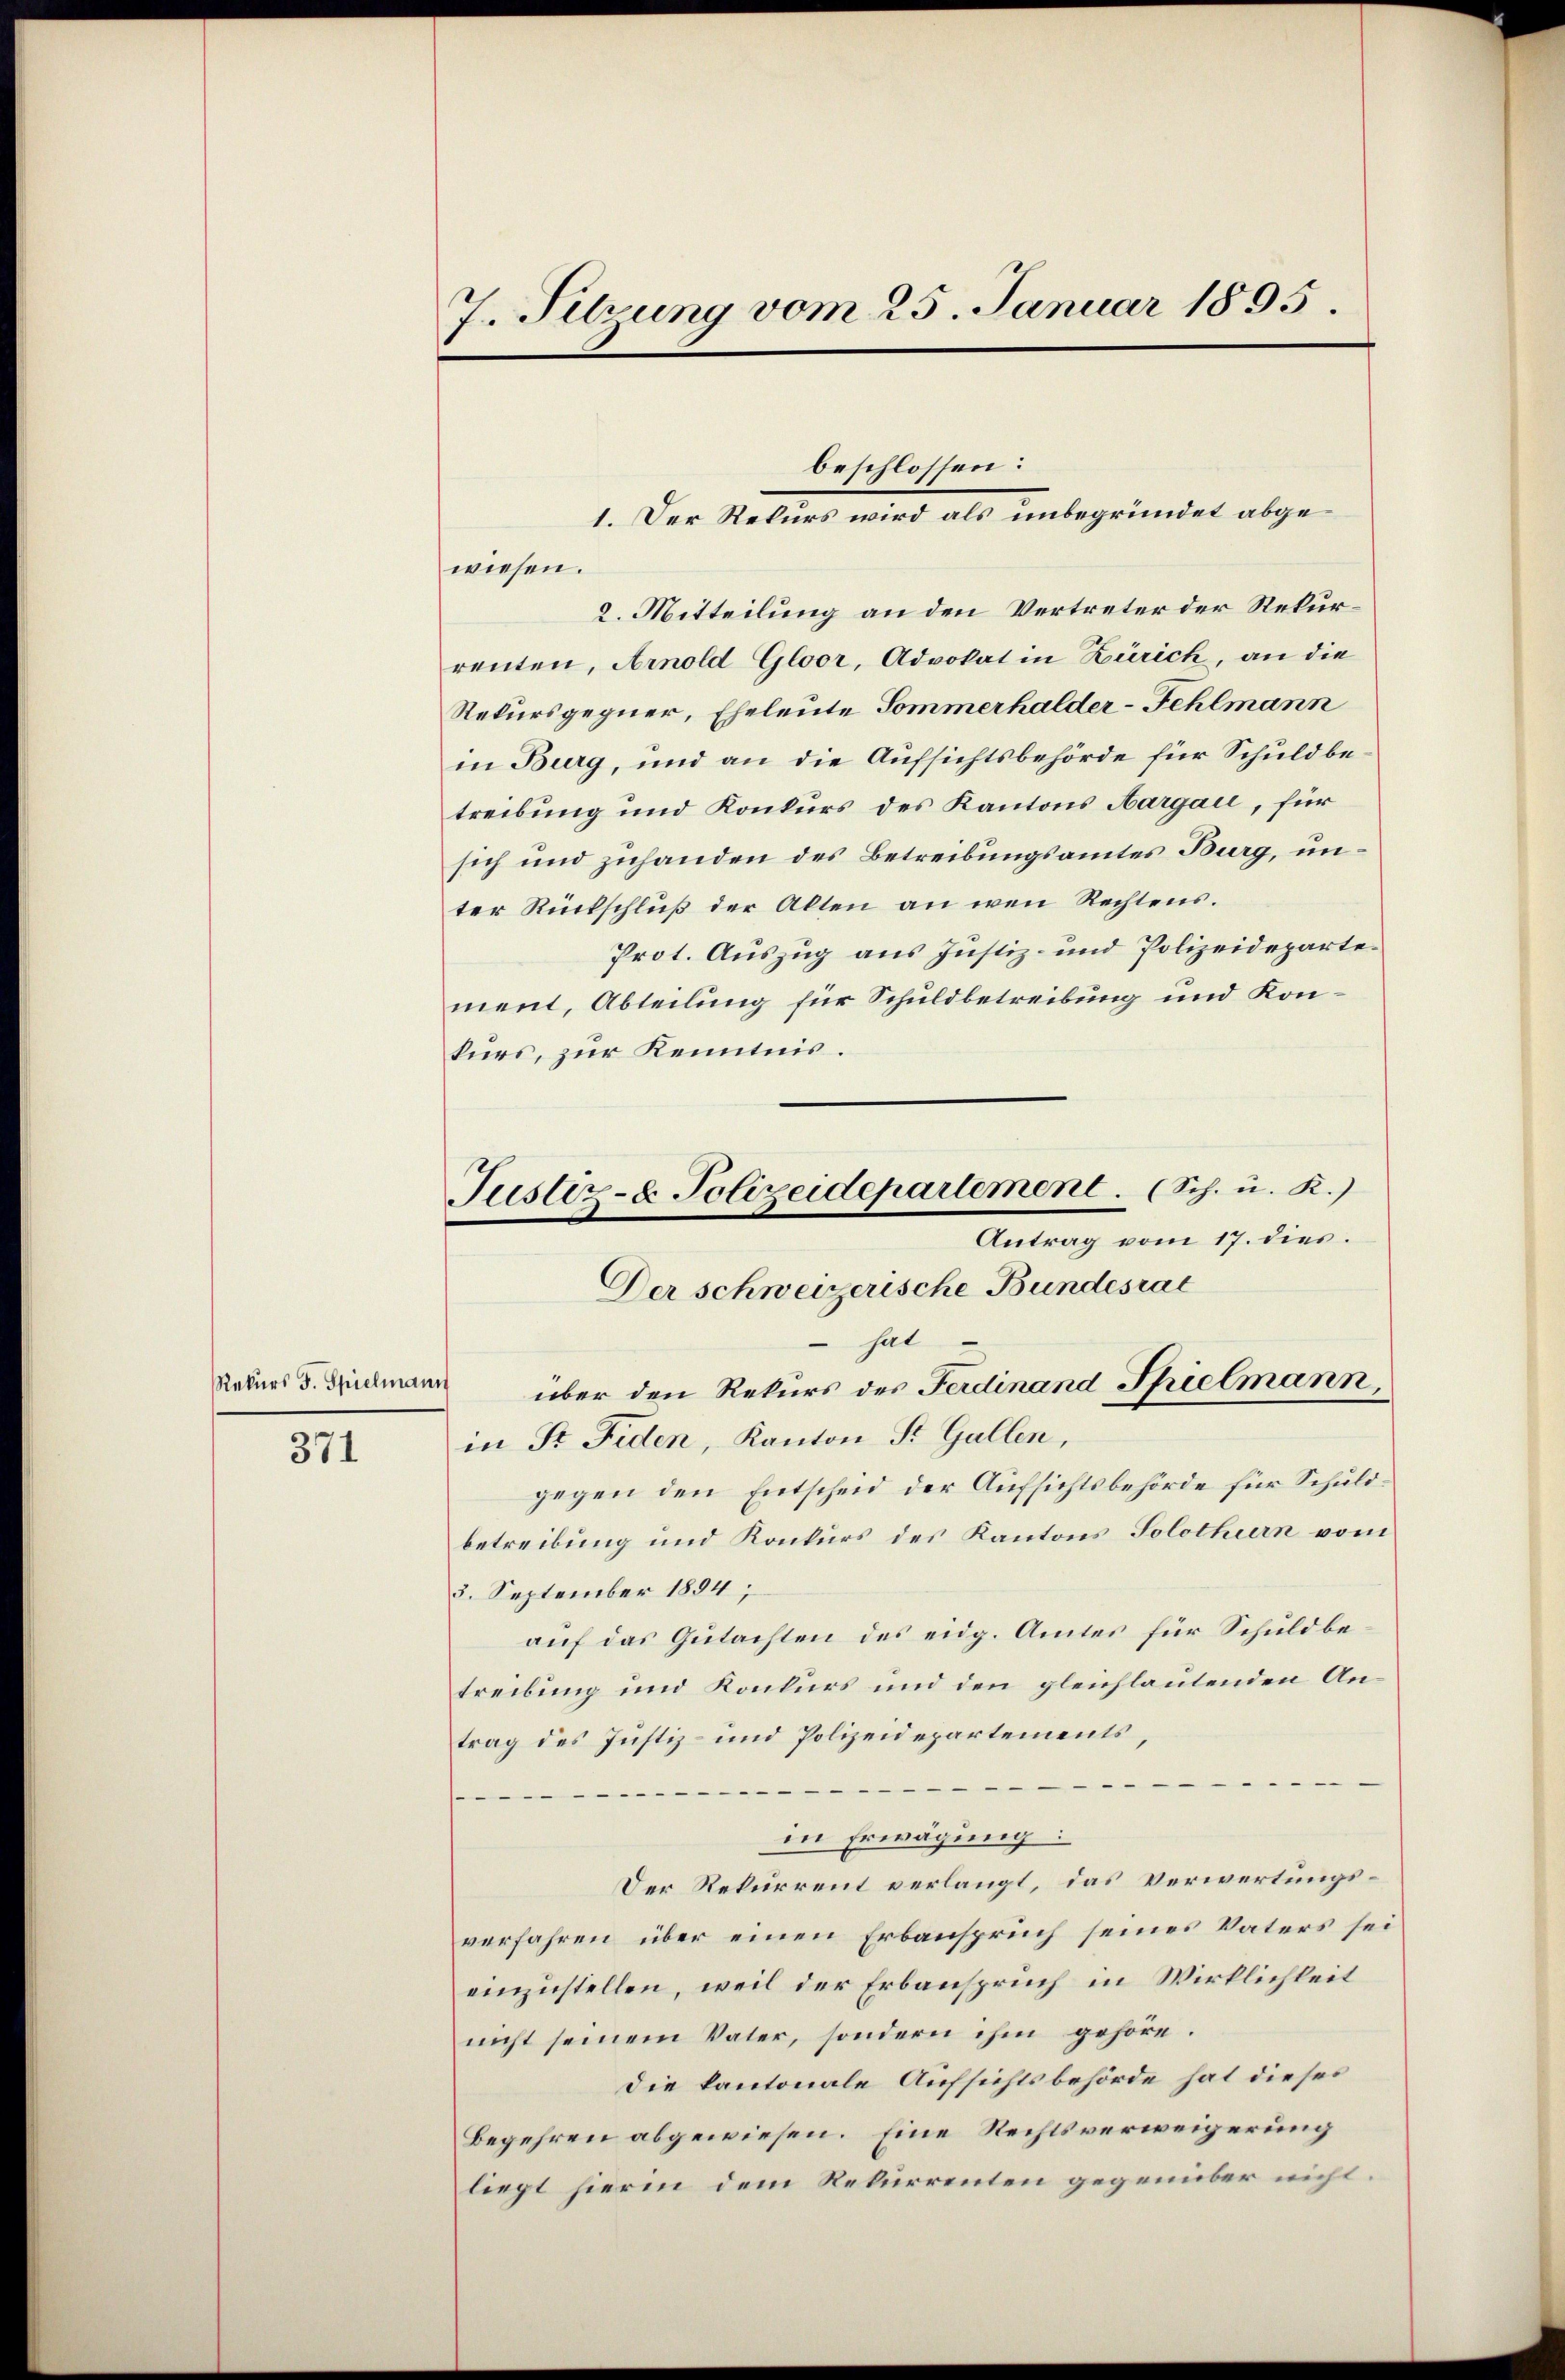
Rekurs J. Spielmann

371

7. Sitzung vom 25. Januar 1895.

Justiz- & Polizeidepartement. (Sch. u. R.)

wiesen.
2. Mitteilung an den Vertreter der Rekurrenten, Arnold Gloor, Advokat in Zürich, an die
Rekursgegner, Eheleute Sommerhalder-Fehlmann
in Burg, und an die Aufsichtsbehörde für Schuldbetreibung und Konkurs des Kantons Aargau, für
sich und zuhanden des Betreibungsamtes Burg, unter Rückschlŭβ der Alten an wen Rechtens.
Prot. Auszug aus Justiz- und Polizeidepartement, Abteilung für Schuldbetreibung und Konkurs, zur Kenntnis.
Antrag vom 17. dies.
Der schweizerische Bundesrat
hat
über den Rekurs des Ferdinand Spielmann,
in Fr. Fiden, Kanton St. Gallen,
gegen den Entscheid der Aufsichtsbehörde für Schuldbetreibung und Konkurs des Kantons Solothurn vom
5. September 1854;
auf das Gutachten des eidg. Amtes für Schuldbetreibung und Konkurs und den gleichlautenden Antrag des Justiz- und Polizeidepartements,
e

in Erwägung:
Der Rekurrent verlangt, das Verwertungsverfahren über einen Erbanspruch seines Vaters sei
einzustellen, weil der Erbanspruch in Wirklichkeit
nicht seinem Vater, sondern ihm gehöre.
Die kantonale Aufsichtsbehörde hat dieses
Begehren abgewiesen. Eine Rechtsverweigerung
liegt hierin dem Rekurrenten gegenüber nicht.

beschlossen:
1. Der Rekurs wird als unbegründet abge¬